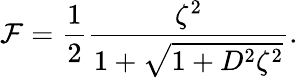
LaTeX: {\cal F}={\frac{1}{2}}{\frac{\zeta^{2}}{1+\sqrt{1+D^{2}\zeta^{2}}}}.